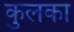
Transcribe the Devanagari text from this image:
कुलका